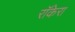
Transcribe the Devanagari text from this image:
रॉकेरा